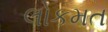
લોકમત